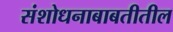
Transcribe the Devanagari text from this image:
संशोधनाबाबतीतील